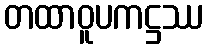
တထာဝူပကဋ္ဌဿ